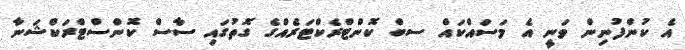
އެ ކުންފުނިން ވަނީ އެ މަސައްކައް ސބް ކޮންޓްރެކްޓަރެއްގެ ގޮތުގައި ސާސް ކޮންސްޓްރަކްޝަނާ